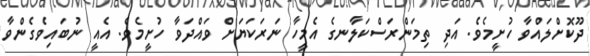
ދޫކޮށްލައްވާ ހުށީމެވެ. އަދި ތިމަންރަސްކަލާނގެ އެމީހާ ނަރަކަޔަށް ވައްދަވާ ހުށީމެވެ. އެއީ ނުބައިވެގެންވާ